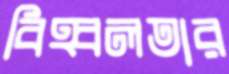
বিহ্বলতার